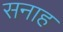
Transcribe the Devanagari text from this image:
सनाह